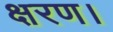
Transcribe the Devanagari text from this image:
क्षरण।